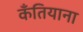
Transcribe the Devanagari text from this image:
कँतियाना